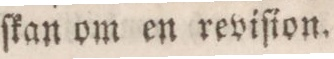
ſkan om en reviſion.